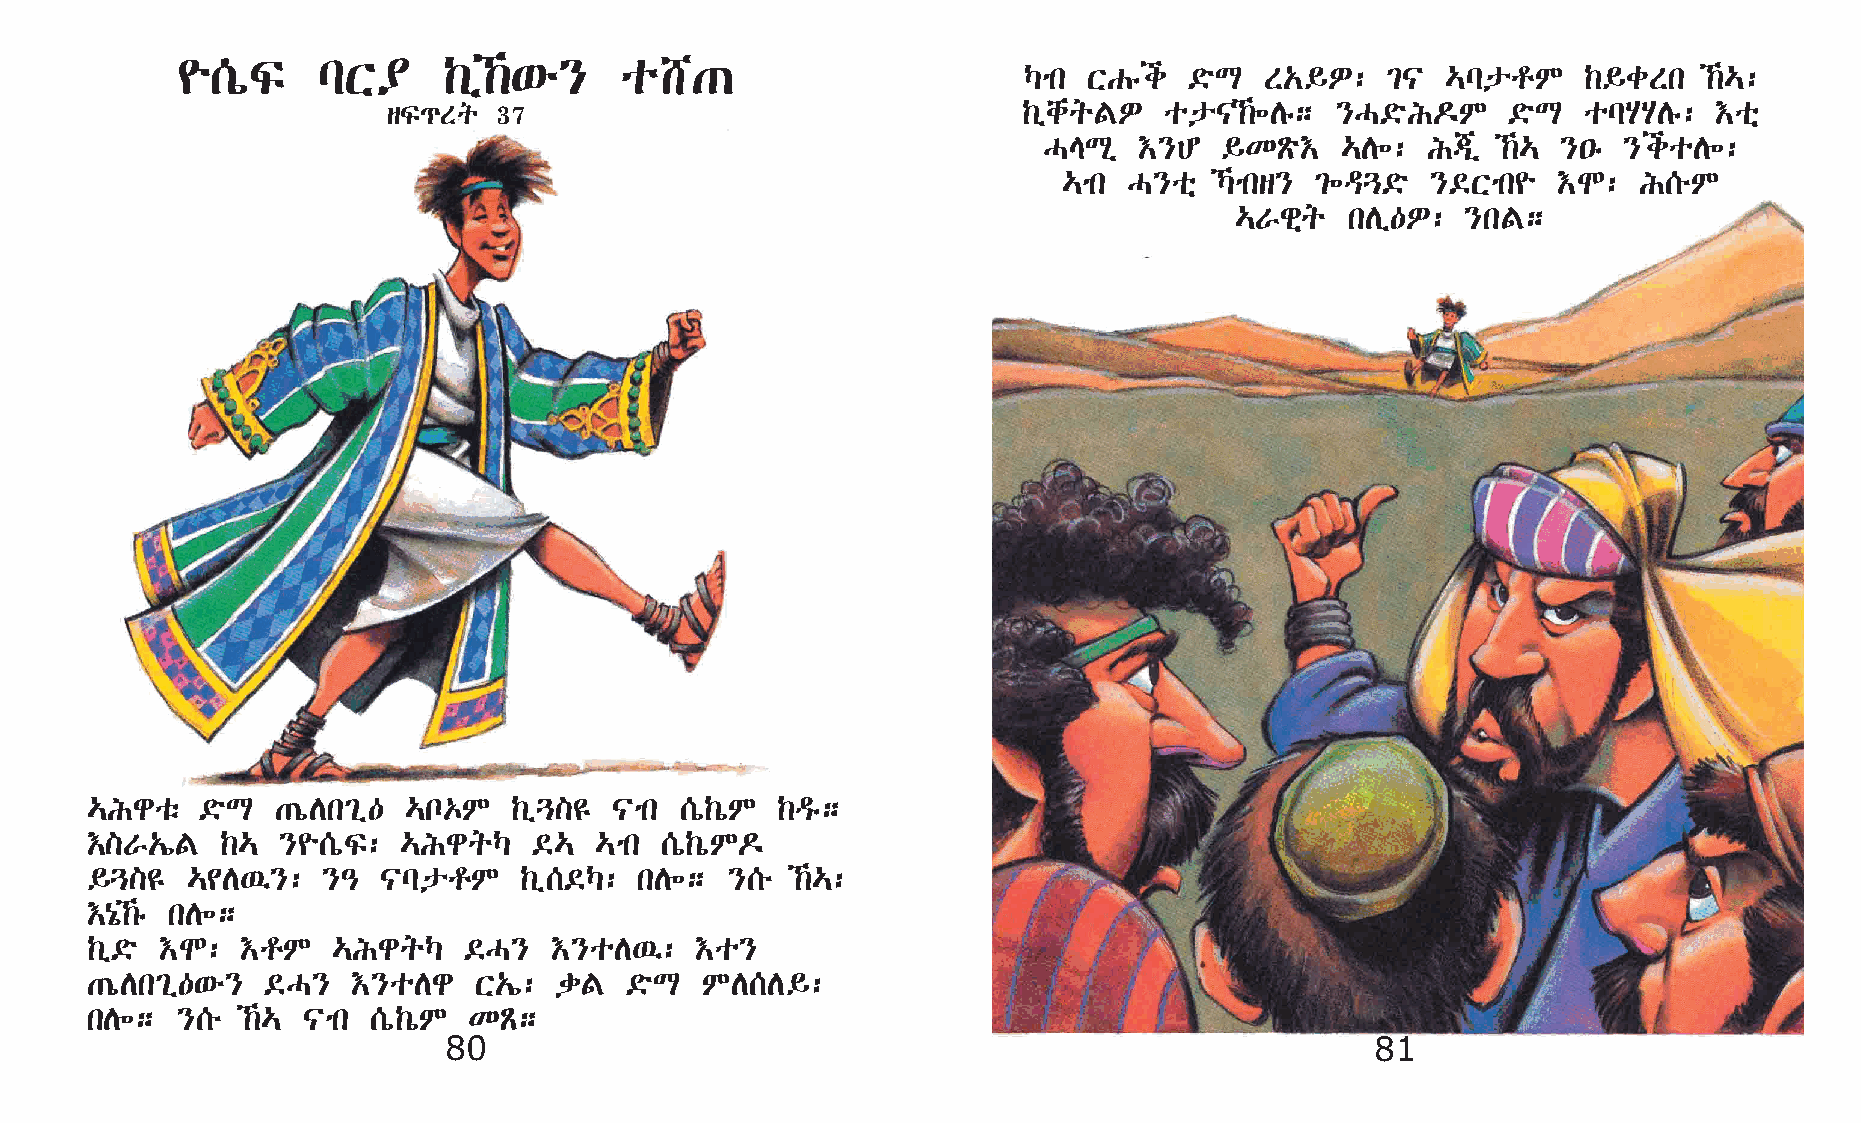
¨[òÏ     lX¥     ‰ï‰‘é}     o_·
 Šmk XGêi   ©öL  S„§È:   ²|  …lprM    ‰§cSk   ‰…:
 sÏ¹Sq  37                                 ‰ïchqFÈ  op|‰÷Dê;  }H©öI¬M     ©öL  olAADê: †oñ
 HELð  †}C   §KÃö†   …D÷: I®ð  ‰… }•ê }ioD÷:
 …mk  H}oñ  Šmks} ²÷ª¶©ö }©Xmk¨  †N:  I[éM
 …Vgñq  kDï—È:  }kF;
 …Igoë  ©öL  ·òDk²ï—  …n‡M   ‰ï¶]£  |mk [ò‰òM ‰ªê;
 †]V„íF   ‰…  }¨[òÏ: …IgqŠ    ©…  …mk  [ò‰òM¬
 §¶]£  …¢D’}:   }–  |lprM    ‰ï[©Š:  kD÷;  }[é  ‰…:
 †{ó‰ê kD÷;
 ‰ï©ö †N:  †rM   …IgqŠ    ©H}   †}oD’:   †o}
 ·òDk²ï—‘é}  ©H}  †}oDg   X„í:  dF   ©öL MD[D§:
 kD÷;  }[é ‰… |mk [ò‰òM  KÃ;
 80                                                            81